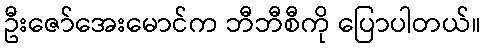
ဦးဇော်အေးမောင်က ဘီဘီစီကို ပြောပါတယ်။